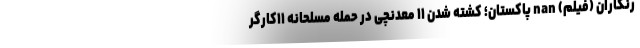
رنگاران (فیلم) nan پاکستان؛ کشته شدن ۱۱ معدنچی در حمله مسلحانه ۱۱کارگر